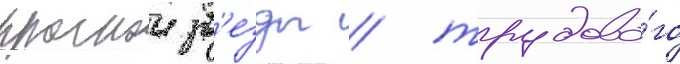
краснои зв'езды / трудово́го